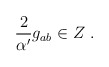
\begin{align*}{2 \over \alpha^\prime} g_{ab} \in Z\ .\end{align*}